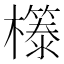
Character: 𭬤